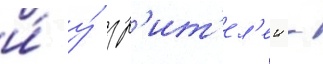
и́ у́ зр'ит'ел'еи -